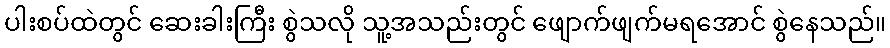
ပါးစပ်ထဲတွင် ဆေးခါးကြီး စွဲသလို သူ့အသည်းတွင် ဖျောက်ဖျက်မရအောင် စွဲနေသည်။